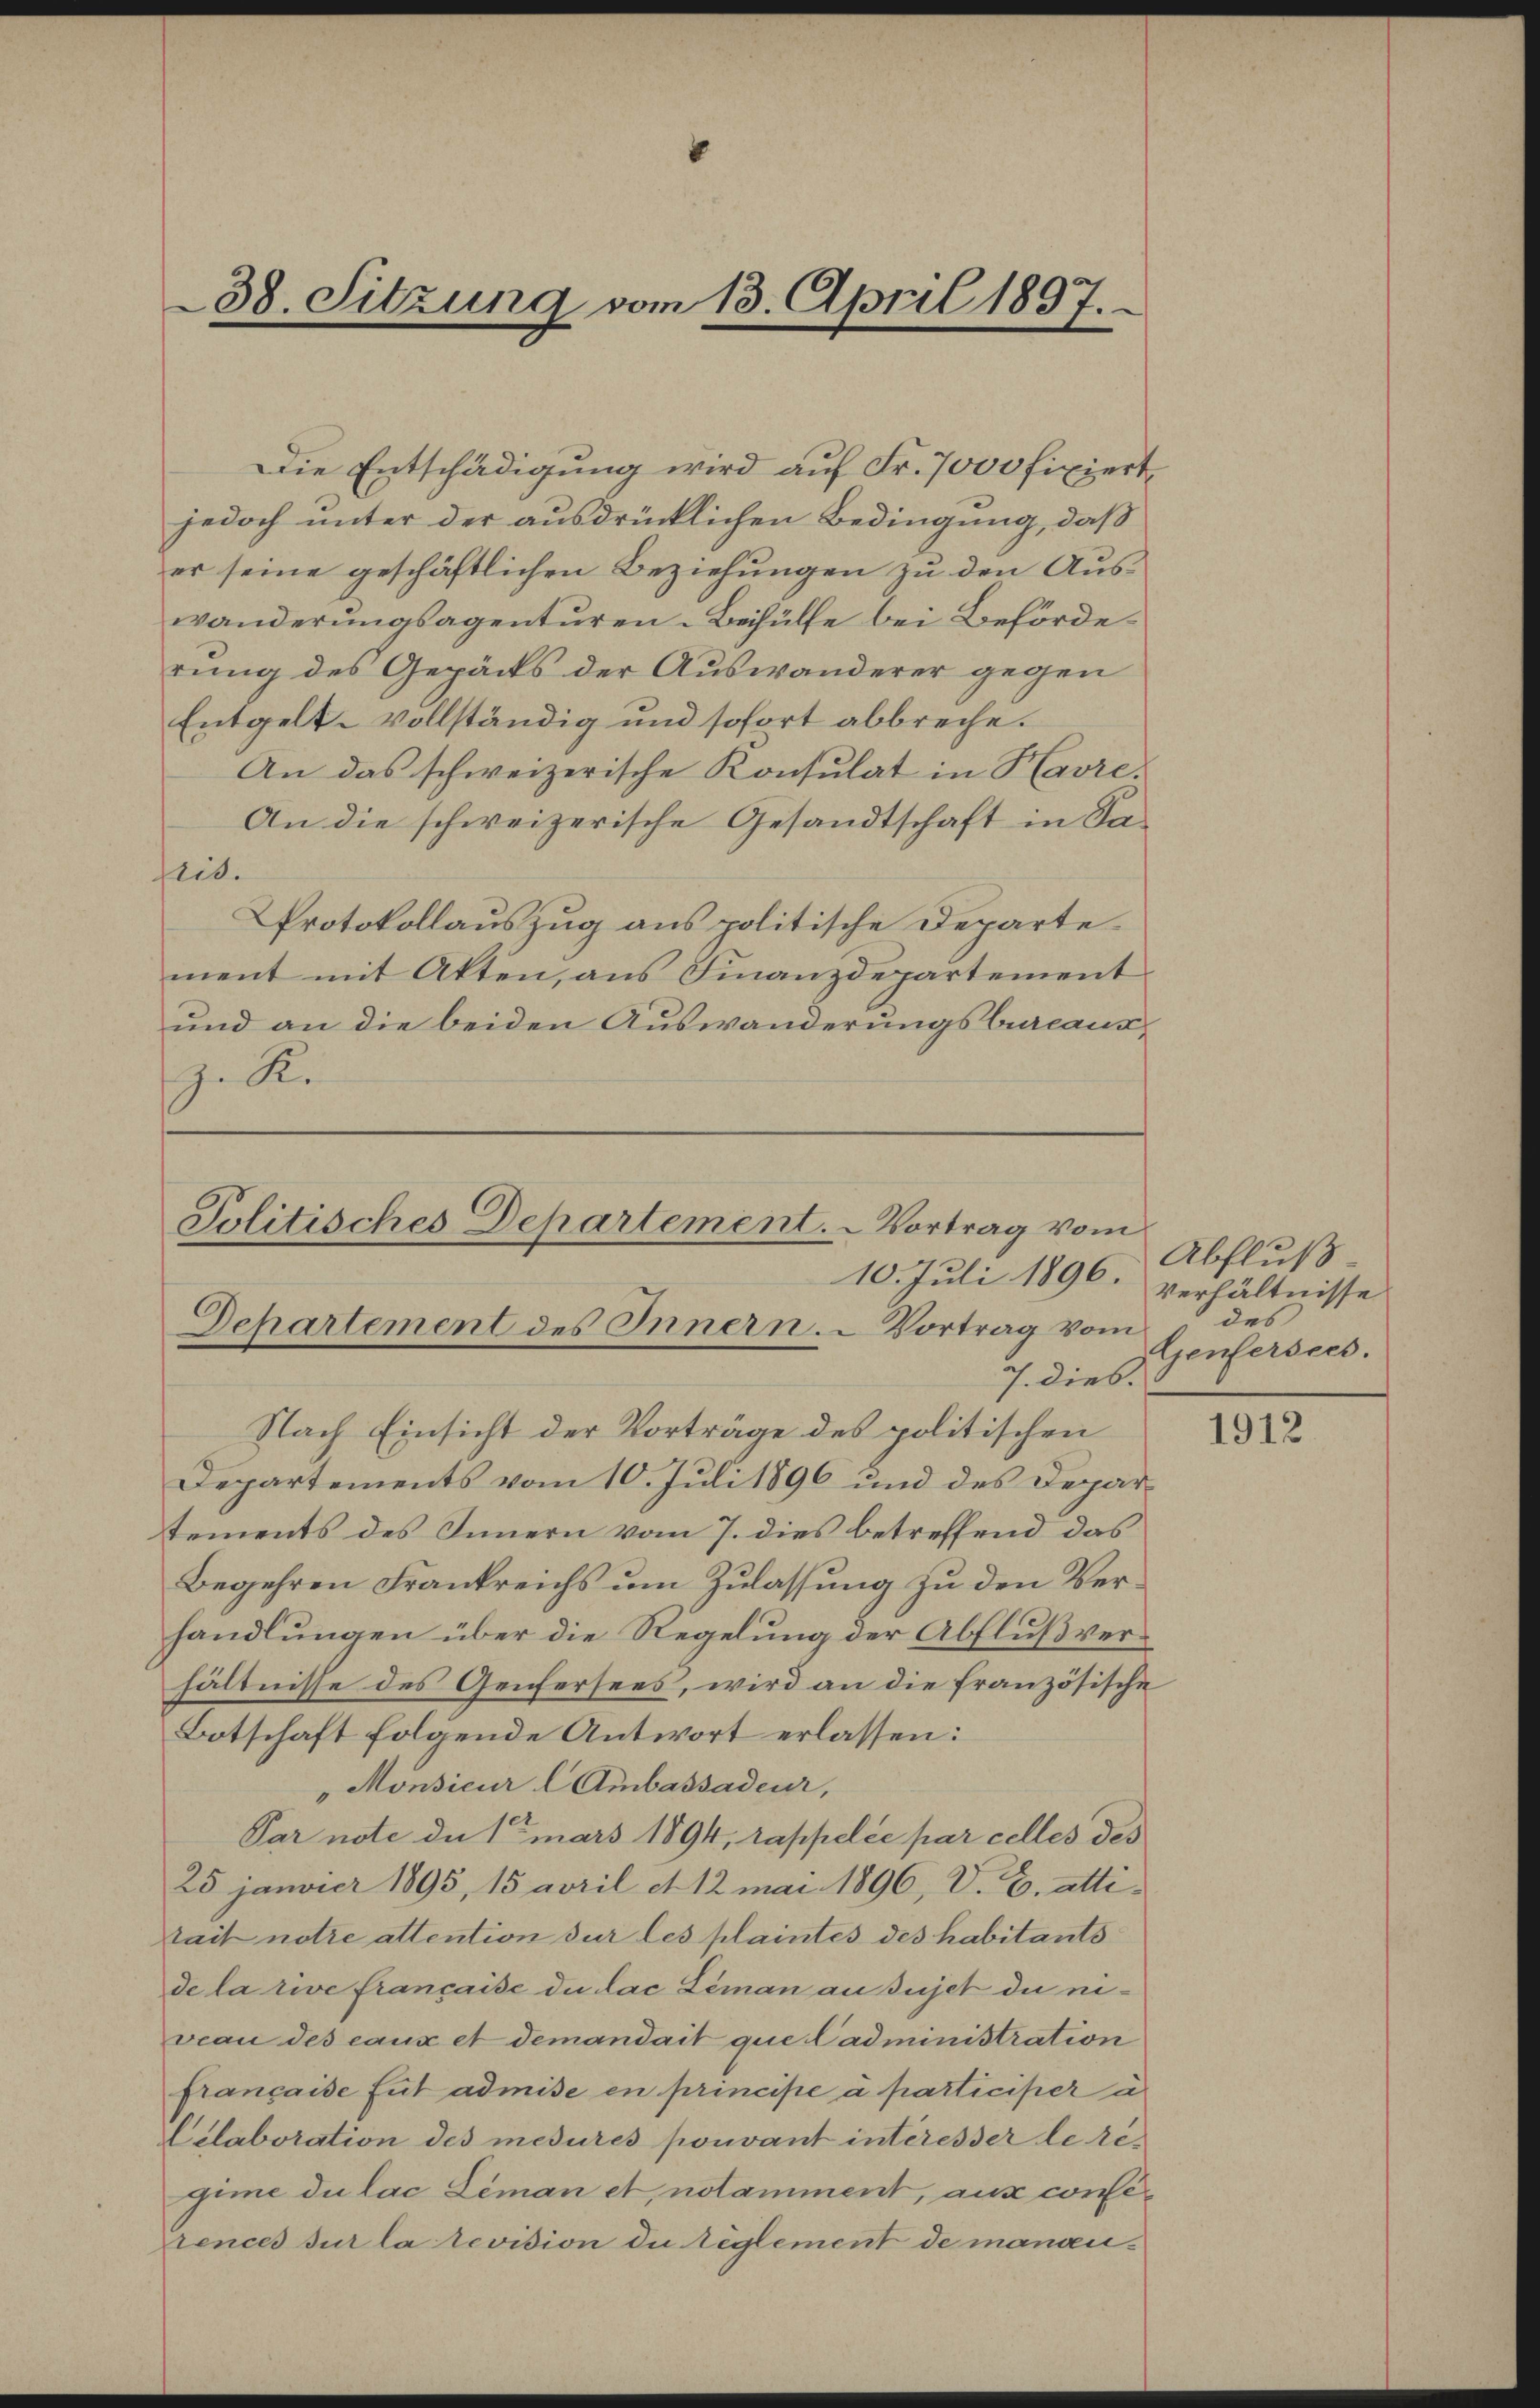
Die Entschädigung wird auf Fr. 7000 fixiert,
jedoch unter der ausdrücklichen Bedingung, daß
er seine geschäftlichen Beziehungen zu den Auswanderungsagenturen-Beihülfe bei Behörderung des Gepäcks der Auswanderer gegen
Entgelt vollständig und sofort abbreche.
An das schweizerische Konsulat in Havre.
An die schweizerische Gesandtschaft in Saseid.
Protokollauszug aus politische Departement mit Akten, aus Finanzdepartement
und an die beiden Auswanderungsbureaus¬
Z. Ke

38. Sitzung vom 13. April 1897.

Politisches Departement. - Vortrag vom
10. Juli 1896.
Departement des Innern. Vortrag vom
7. dies.
Nach Einsicht der Vorträge des politischen

Departements vom 10. Juli 1896 und des Departements des Innern vom 7. dies betreffend das
Begehren Frankreichs um Zulassung zu den Verhandlungen über die Regelung der Abflußverhältnisse des Genfersees, wird an die französische
Botschaft folgende Antwort erlassen:
"Monsieur l Ambassadeur,
Par note du 1 mars 1894, rappelée par celles des
25 janvier 1895, 15 April et 12 mai 1896, V. B. attitait notre attention sur les plaintes des habitants
de la rive Française du Lac Léman an sujet du nieveau des eaux et demandait que administration
française fut admise en principe a participer u.
Celaboration des mesures pouvant interesser le regime du lac Léman et notamment, aux conserences sur la revision die Reglement de manan¬

Abfluß
Verhältnisse
des
Genfersees.

1912